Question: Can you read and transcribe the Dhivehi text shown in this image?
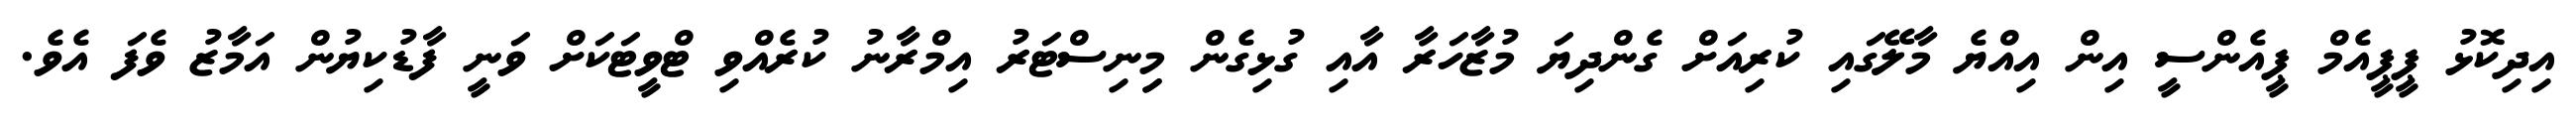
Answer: އިދިކޮޅު ޕީޕީއެމް ޕީއެންސީ އިން އިއްޔެ މާލޭގައި ކުރިއަށް ގެންދިޔަ މުޒާހަރާ އާއި ގުޅިގެން މިިނިސްޓަރު އިމްރާނު ކުރެއްވި ޓްވީޓަކަށް ވަނީ ފާޑުކިޔުން އަމާޒު ވެފަ އެވެ.